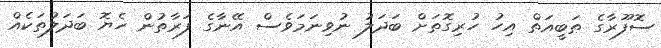
ސޮފޫރާގެ ޠަބީއަތް އިހު ހުރިގޮތަށް ބަދަލު ނުވިނަމަވެސް އޭނާގެ ފަރާތުން ހެޔޮ ބަދަލުތަކެއް